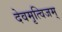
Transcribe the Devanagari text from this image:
देवमृत्विजम्